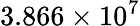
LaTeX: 3.866\times 10^{7}